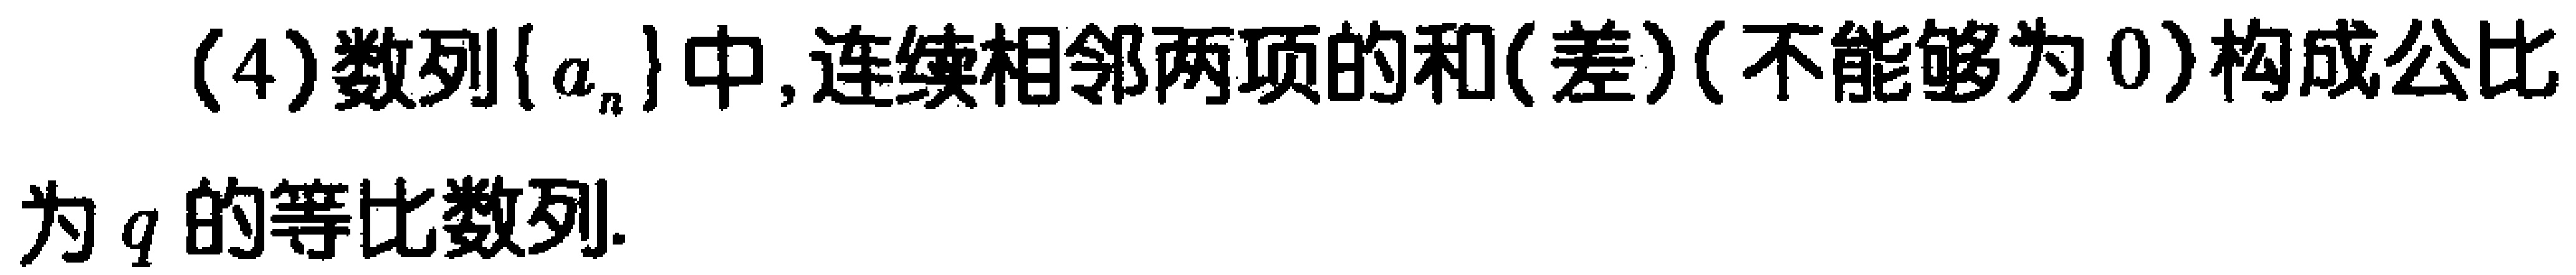
(4)数列\(\{ a_{n}\}\)中,连续相邻两项的和(差)(不能够为\(0\))构成公比为\(q\)的等比数列.